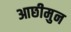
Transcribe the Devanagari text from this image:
आछीमुन